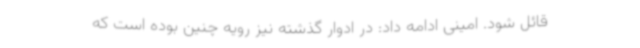
قائل شود. امینی ادامه داد: در ادوار گذشته نیز رویه چنین بوده است که